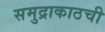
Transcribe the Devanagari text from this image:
समुद्राकाठची